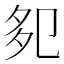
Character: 𭅹